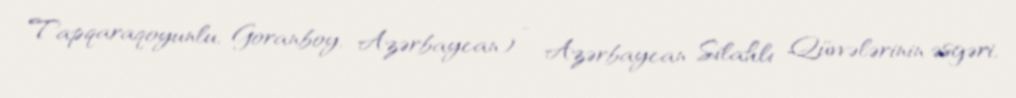
Tapqaraqoyunlu, Goranboy, Azərbaycan) — Azərbaycan Silahlı Qüvvələrinin əsgəri,